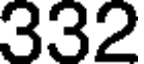
332